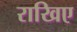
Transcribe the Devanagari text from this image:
राखिए